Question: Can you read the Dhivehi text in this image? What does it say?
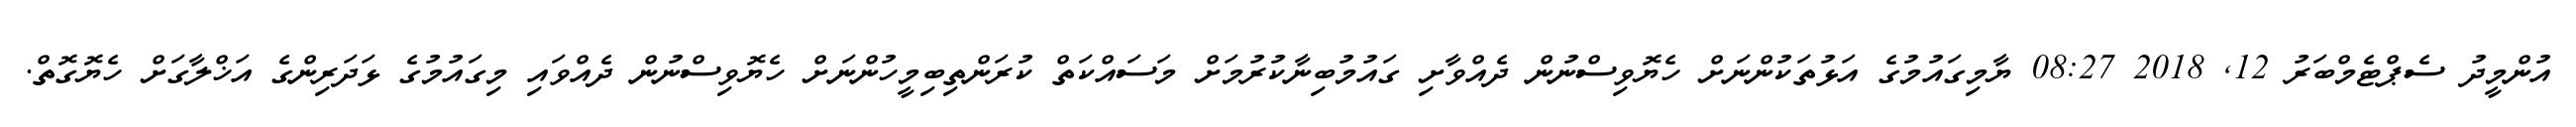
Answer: އުންމީދު ސެޕްޓެމްބަރު 12, 2018 08:27 ޔާމިގައުމުގެ އަޅުތަކުންނަށް ހެޔޮވިސްނުން ދެއްވާށި ގައުމުބިނާކުރުމަށް މަސައްކަތް ކުރަންތިބިމީހުންނަށް ހެޔޮވިސްނުން ދެއްވައި މިގައުމުގެ ޅަދަރިންގެ އަޚްލާގަށް ހެޔޮގޮތް.